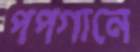
পপগানে